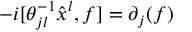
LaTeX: - i [ \theta _ { j l } ^ { - 1 } \hat { x } ^ { l } , f ] = \partial _ { j } ( f )